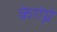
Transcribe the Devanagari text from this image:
केगेग्ने